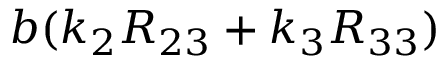
b ( k _ { 2 } R _ { 2 3 } + k _ { 3 } R _ { 3 3 } )